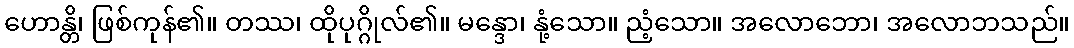
ဟောန္တိ၊ ဖြစ်ကုန်၏။ တဿ၊ ထိုပုဂ္ဂိုလ်၏။ မန္ဒော၊ နုံ့သော။ ညံ့သော။ အလောဘော၊ အလောဘသည်။